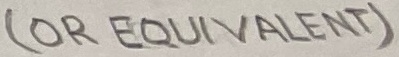
Text: (OR EQUIVALENT)